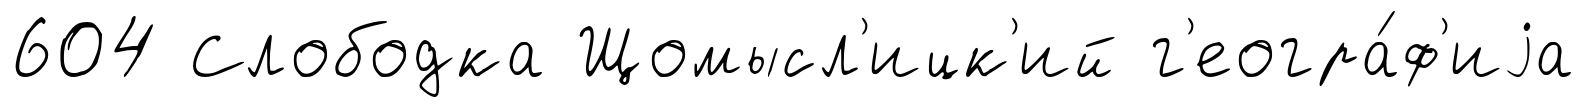
604 Слободка Щомысл'ицк'ий г'еогра́ф'иjа